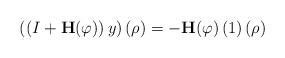
LaTeX: \begin{align*}\left( \left( I+\mathbf{H}(\varphi)\right) y\right) \left( \rho\right)=-\mathbf{H}(\varphi)\left( 1\right) \left( \rho\right)\end{align*}